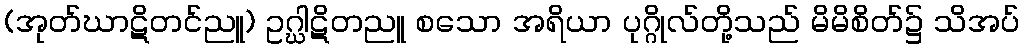
(အုတ်ဃာဋိတင်ညူ) ဥဂ္ဃါဋိတညူ စသော အရိယာ ပုဂ္ဂိုလ်တို့သည် မိမိစိတ်၌ သိအပ်